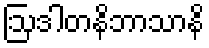
ဩဒါတနိဘာသာနိ